Lunatic asylums Punjab 1895-1910 - 1895-1910
Year: 1895
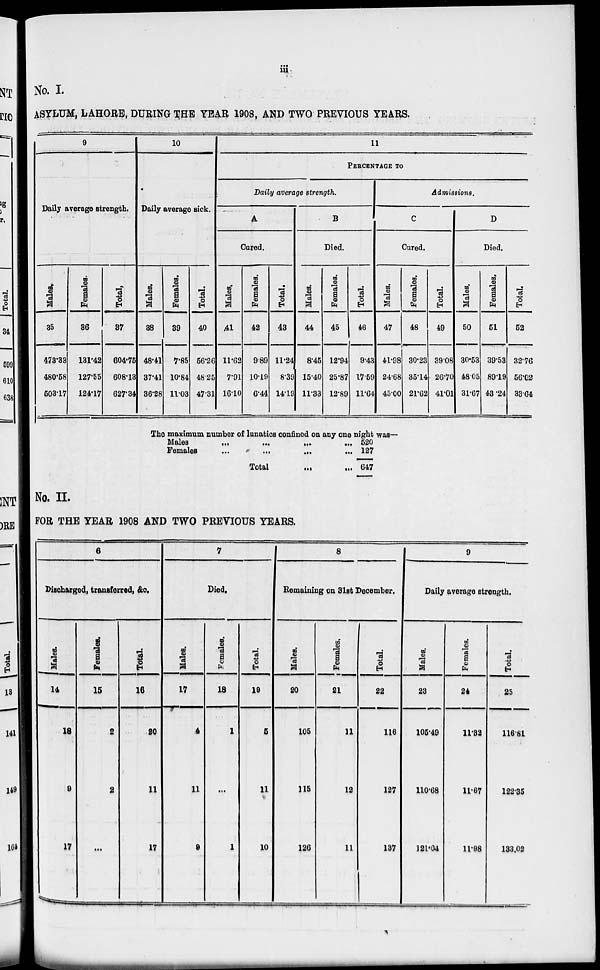
iii
No. I.
ASYLUM , LAHORE , DURING THE YEAR 1908 , AND TWO PREVIOUS YEARS.
9
Daily average strength.
Males.
35
473.33
480.58
503.17
Females.
36
131.42
127.55
124.17
Total.
37
604.75
608.13
627.34
10
Daily average sick.
Males.
38
48.41
37.41
36.28
Females.
39
7.85
10.84
11.03
Total.
40
56.26
48.25
47.31
11
PERCENTAGE TO
Daily average strength.
A
Cured.
Males.
41
11.62
7.91
16.10
Females.
42
9.89
10.19
6.44
Total.
43
11.24
8.39
14.19
B
Died.
Males.
44
8.45
15.40
11.33
Females.
45
12.94
25.87
12.89
Total.
46
9.43
17.59
11.64
Admissions.
C
Cured.
Males.
47
41.98
24.68
45.00
Females.
48
30.23
35.14
21.62
Total.
49
39.08
26.70
41.01
D
Died.
Males.
50
30.53
48.05
31.67
Females.
51
39.53
89.19
43.24
Total.
52
32.76
56.02
33.64
The maximum number of lunatics confined on any one night was—
Males
...
...
...
...
Females
...
...
...
...
Total
...
...
520
127
647
No. II.
FOR THE YEAR 1908 AND TWO PREVIOUS YEARS.
6
Discharged, transferred, &c.
Males.
14
18
9
17
Females.
15
2
2
...
Total
16
20
11
17
7
Died.
Males.
17
4
11
8
Females.
18
1
...
1
Total.
19
5
11
10
8
Remaining on 31st December.
Males.
20
105
115
126
Females.
21
11
12
11
Total
22
116
127
137
9
Daily average strength.
Males.
23
105.49
110.68
121.04
Females.
24
11.32
11.67
11.98
Total.
25
116.81
122.35
133.02